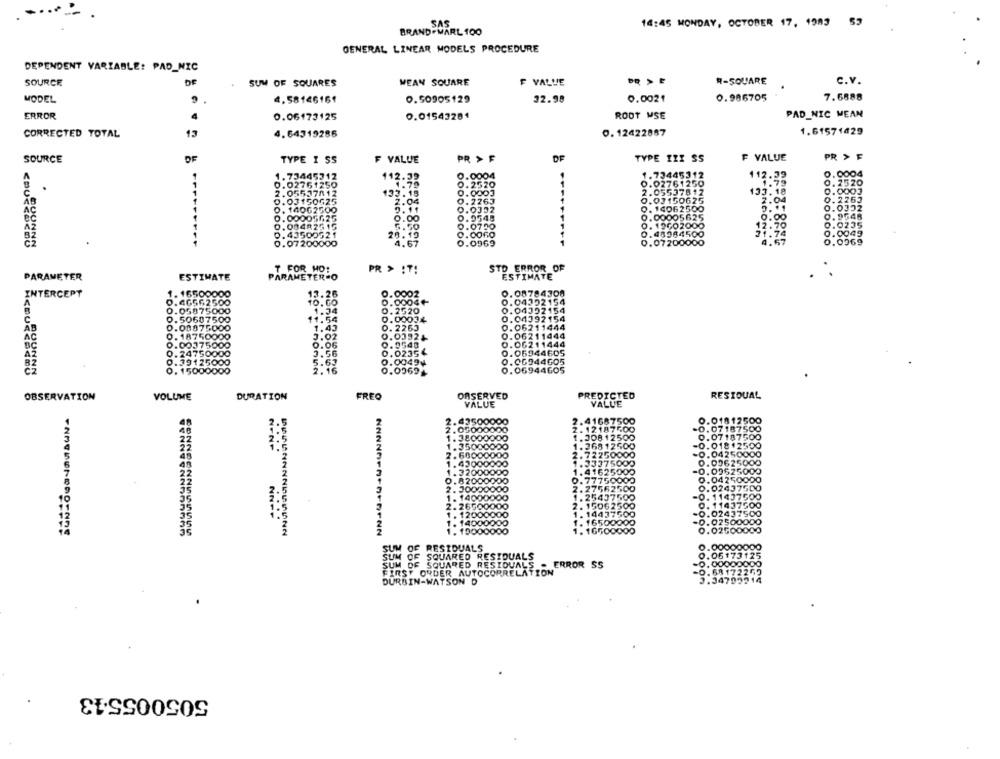
CS
SAS
BRAND. MARL 100
14:45 MONDAY, OCTOBER 17, 1983
GENERAL LINEAR MODELS PROCEDURE
DEPENDENT VARIABLE: PAD_NIC
SOURCE
be
SUM OF SQUARES
MEAN SQUARE
F VALVE
R-SQUARE
C.v.
MODEL
4.581€6161
0.50905129
32.98
0.0021
0.986705
7.6888
ERROR
4
ROOT MSE
PAD_NIC MEAN
0.06173125
0.01543281
CORRECTED TOTAL
13
4.64319286
0. 12422887
1.61571429
SOURCE
OF
TYPE I SS
F VALUE
PR > F
DE
TYPE IIX SS
F VALUE
PR > F
1.73445712
112.39
1.73445312
0004
0.02761250
0.0004
0.02761250
112.23
.
0.2520
2.05537812
133.18
0.0003
2.05537817
133.18
0.22
03150G25
2.04
0.2263
1.00150625
2:04
O.
.0352
14062500
0.0392
0. 14062500
00005125
0.9548
0.00005625
3.00
.004
2513
0.0750
D. 19602000
20
19
0.00GO
0.48964500
74
0045
0.0969
0.07200000
4.57
0969
T FOR MO!
PR > :T!
STD ERROR OF
PARAMETER
ESTIMATE
PARAMETER-O
ESTIMATE
16500000
13.26
0.0002
0.08784300
.4656250
.04202154
.05875000
1.34
2520
1.04352154
.50687500
11.54
00034
.04392154
AB
IL
.00075000
1.45
0. 2263
.06211444
18750000
3.02
0.03324
. 06211444
AC
BC
037500
0.06
.9540
0.06211444
3.56
.0235
0.06944605
BZ
63
0.0049⑈
.06944605
150000
.0562+
.06944605
ORSERVED
PREDICTED
RESIDUAL
OBSERVATION
VOLUME
DURATION
FREO
VALUE
VALUE
43500000
2.41687500
0.01812500
.050
. 12187500
-0.07187500
38000000
.308
.07187500
NENP
....
1.35000000
768
2500
0.01812500
2.60000000
7225
0.04250000
33375
0.00625000
1.41625
1.32000000
-0.09625000
0.04250000
.82000000
0.77750
. 30000000
2.27562
0.02437500
. 14000000
1.2543
-0.1
. 11437500
26500000
2. 15062
0.
0. 11437500
NNPP
....
1. 1443
0.02437500
. 14000000
1650
-0.02500000
1. 19000000
1. 1650
0.02500000
SUM OF RESIDUALS
.000
SUM OF SQUARED RESIDUALS
.061
A DE SQUARED RESIDUALS . ERROR SS
FIRST ORDER AUTOCORRELATION
DURBIN-WATSON D
505005513